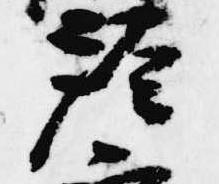
經